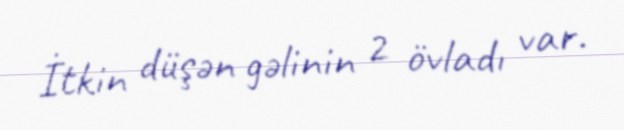
İtkin düşən gəlinin 2 övladı var.